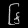
Digit: ၆